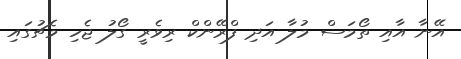
އޭނާ އާއި ތޯމަސް މުލާ އަދި ފްރޭންކް ރިވެރީ ގޯލު ޖެހި މެޗުގައި